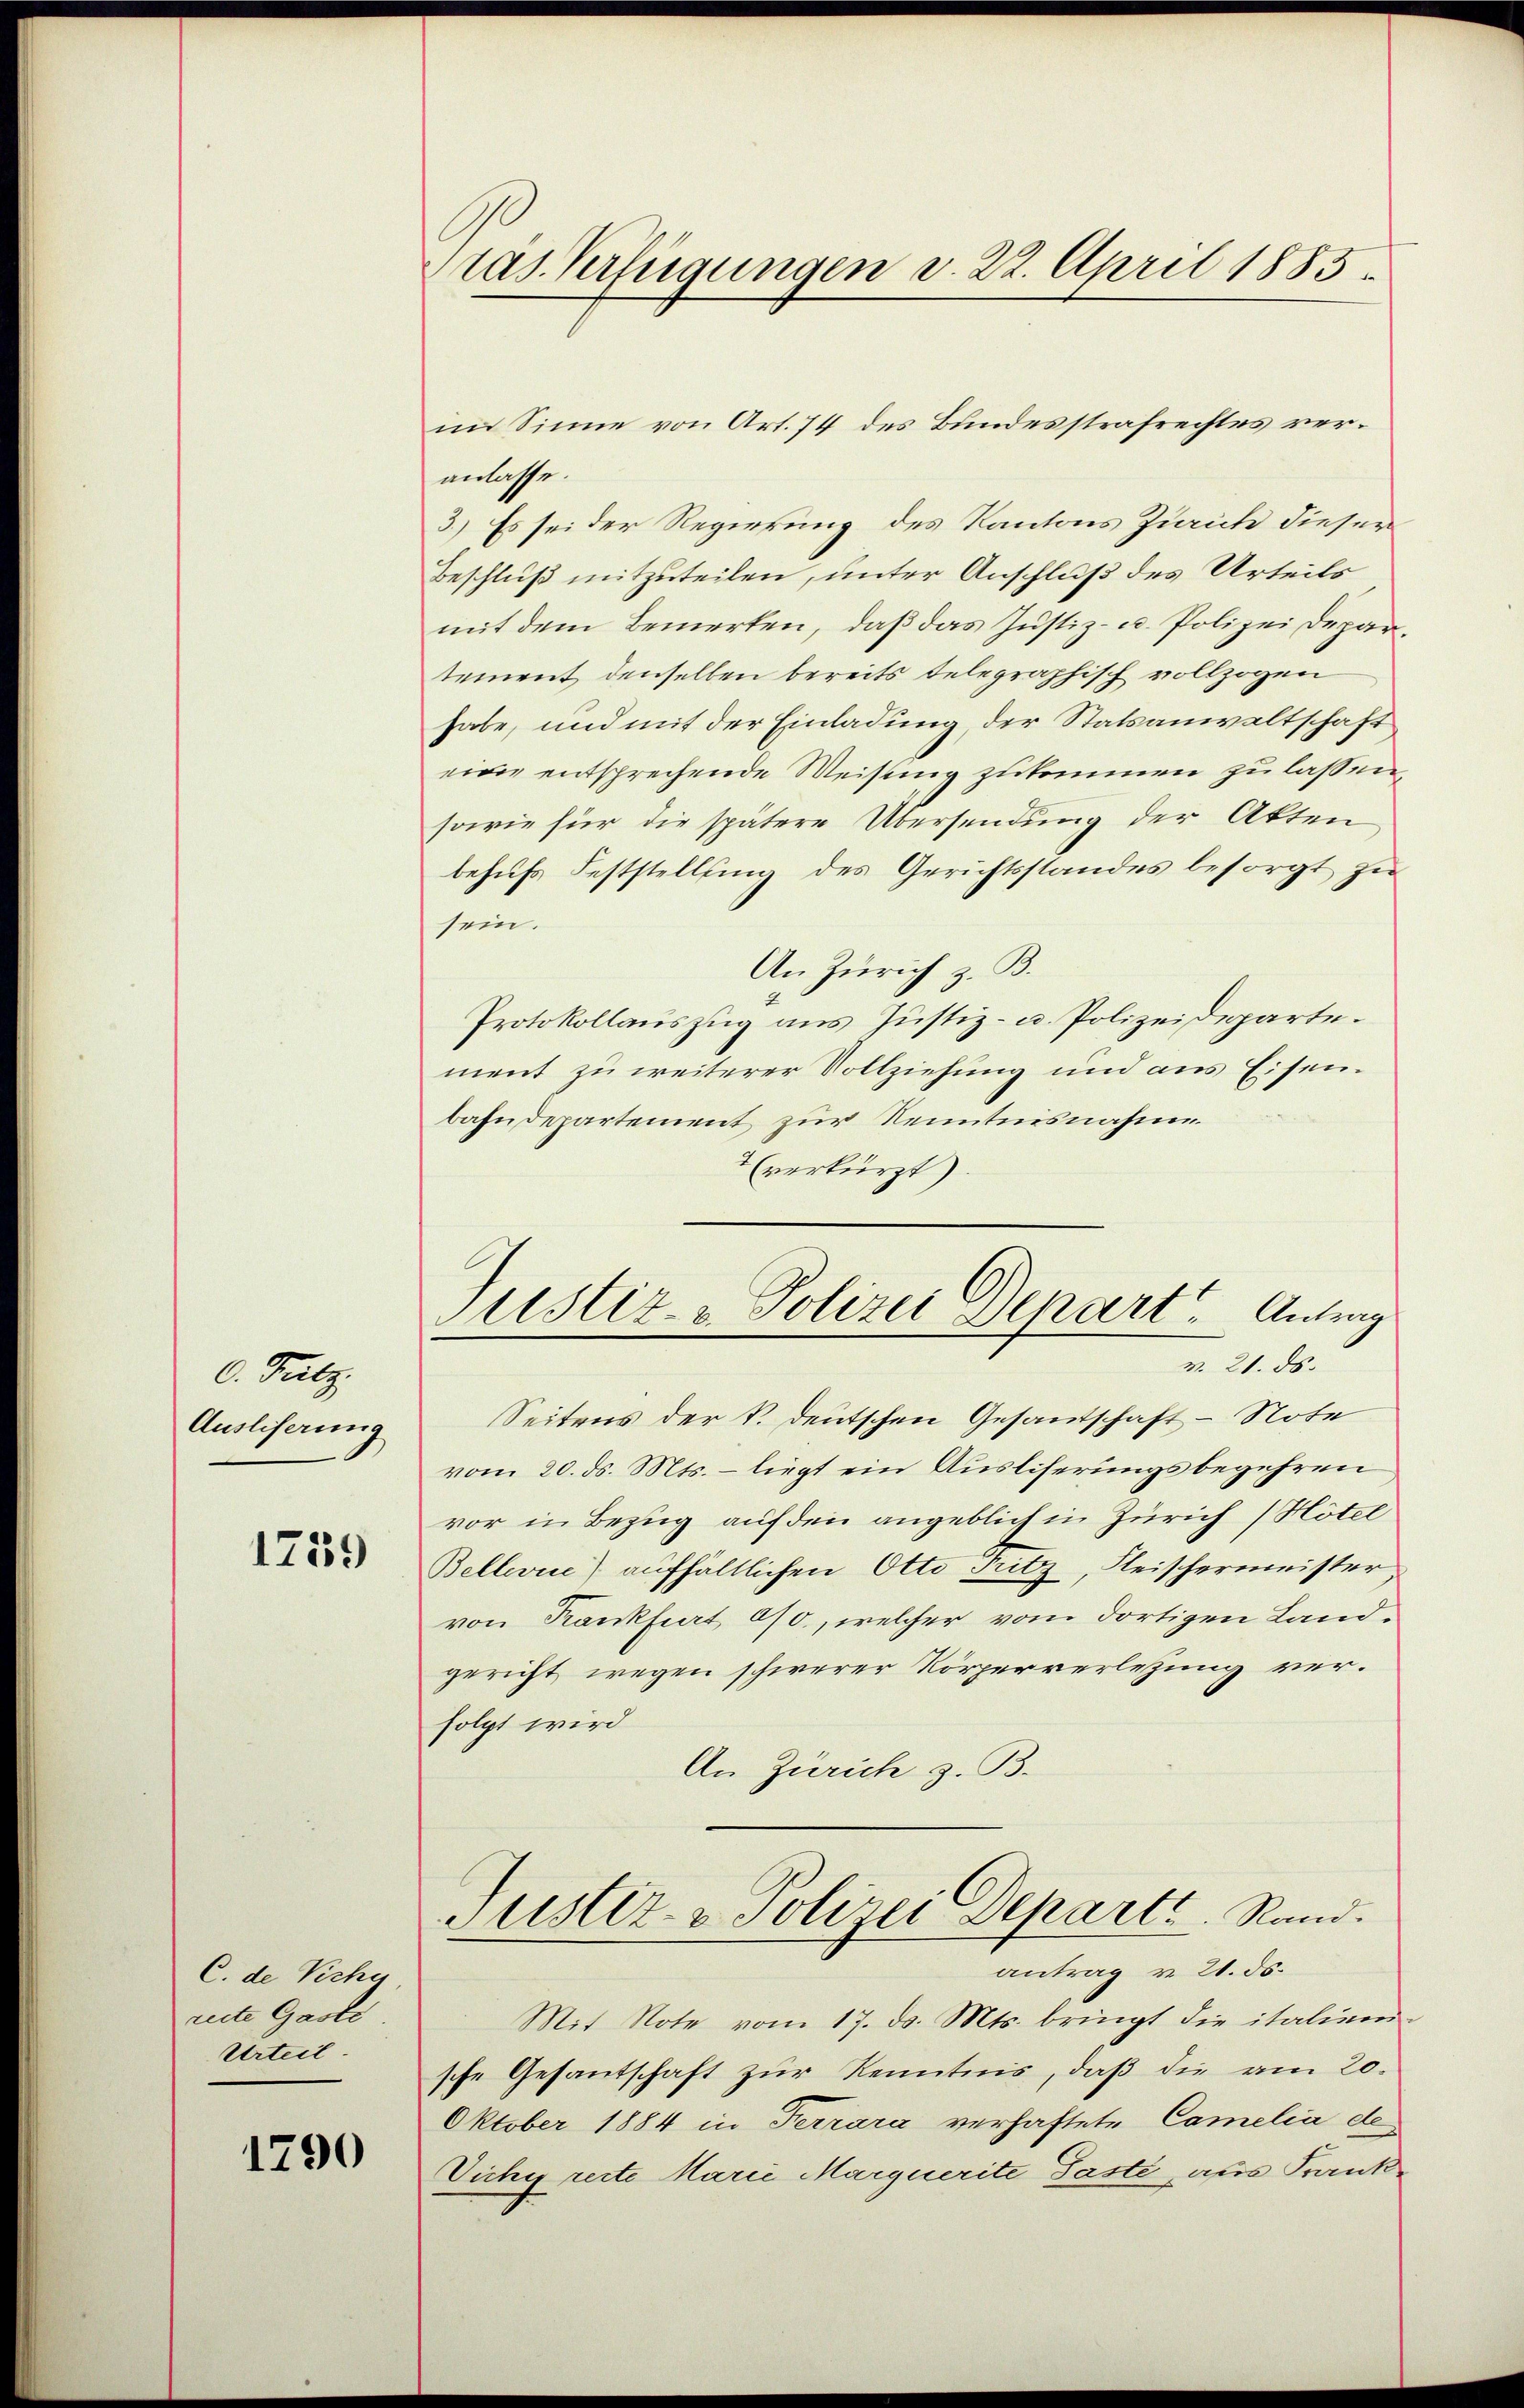
0. Putz.
Ausliserung

1759

C. de Vicher
reite Gaste
Urteil.

1790

ras Verfügungen d. 22. April 1885.

im Sinne von Art. 74 des Bundesstrafrechtes veranlasse.
3.) Es sei der Regierung des Kantons Zürich dieser
Beschluß mitzuteilen, unter Anschluß des Urteils
mit dem Bemerken, daß das Justiz- u. Polizei Departement denselben bereits telegraphisch vollzogen
habe, und mit der Einladung, der Statsanwaltschaft
eine entsprechende Weisung zukommen zu lassen,
sowie für die spätere Übersendung der Akten
behufs Feststellung des Gerichtsstandes besorgt zu
sein.
An Zürich z. B.
Protokollauszug aus Justiz- u. Polizeideparte.
ment zu weiterer Vollziehung und aus Eisenbahndepartement zur Kenntnisnahme
 (verkürzt).
v. 21. ds.
Seitens der k. deutschen Gesandschaft - Note
vom 20. ds. Mts. – liegt ein Ausliserungsbegehren
vor in Bezug auf den angeblich in Zürich (Hotel
Bellevue) aufhältlichen Otto Tritz, Fleischermeister,
von Kankfiert 0/0., welcher vom dortigen Landgericht wegen schwerer Körperverletzung verfolgt wird
An Zürich z. B.
Justiz- & Polizei Departe. Rand.
antrag v. 21. ds.
Mit Note vom 17. d. Mts. bringt die italien-
sche Gesantschaft zur Kenntnis, daß die am 20.
Oktober 1884 in Ferrara verhaftete Camelia de
Vichy recte Marie Marquerite Paste aus Frank¬

Justiz, Polizei Denart Antrag